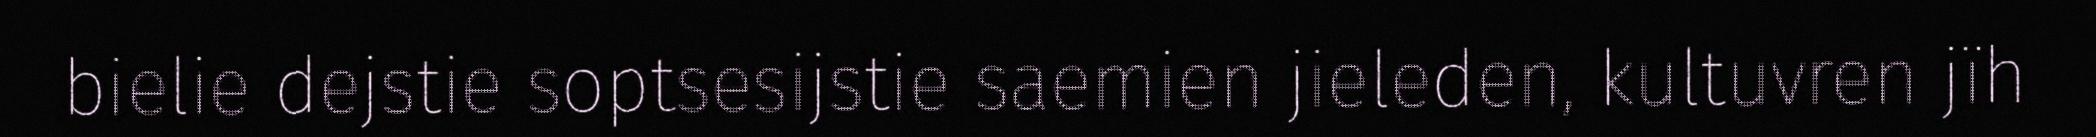
bielie dejstie soptsesijstie saemien jieleden, kultuvren jïh